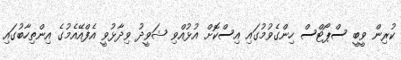
ކުރިން ވީބީ ސްޕޯޓްސް ހިންގެވުމުގައި އިސްކޮށް އުޅުއްވި ޝަވީދު ވިދާޅުވީ އެފްއޭއެމުގެ އިންތިހާބުގައި